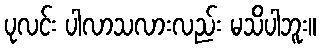
ပုလင်း ပါလာသလားလည်း မသိပါဘူး။